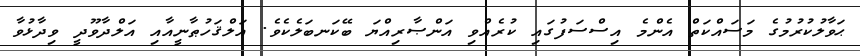
ޙަވާލުކުރުމުގެ މަސައްކަތް އެންމެ އިސްސަފުގައި ކުރެއްވި އަންޞާރިއްޔަ ބޭކަނބަލެކެވެ. އަލްޤަހުޠާނީއާއި އަލްދާވޫދީ ވިދާޅުވާ